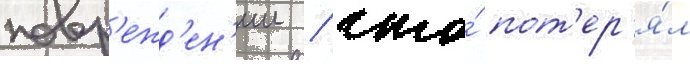
повр'ежд'ен'ии / что́ пот'ер'я́л